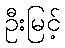
ဦးမြင့်